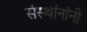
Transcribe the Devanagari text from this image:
संस्थांनांनी